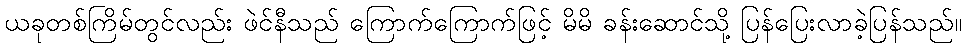
ယခုတစ်ကြိမ်တွင်လည်း ဖဲင်နီသည် ကြောက်ကြောက်ဖြင့် မိမိ ခန်းဆောင်သို့ ပြန်ပြေးလာခဲ့ပြန်သည်။